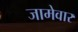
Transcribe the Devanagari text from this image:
जामेवार